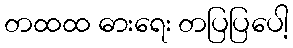
တထထ ဓားရေး တပြပြပေါ့